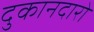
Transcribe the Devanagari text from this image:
दुकानदारो